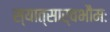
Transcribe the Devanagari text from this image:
स्यात्सार्वभौमः